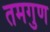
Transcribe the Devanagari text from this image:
तमगुण